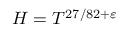
H = T ^ { 2 7 / 8 2 + \varepsilon }